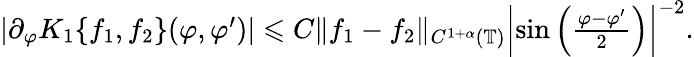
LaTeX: \begin{array}{r}{|\partial_{\varphi}K_{1}\{ f_{1},f_{2}\} (\varphi,\varphi^{\prime})|\leqslant C\| f_{1}-f_{2}\| _{C^{1+\alpha}(\mathbb{T})}\left|\sin\left(\frac{\varphi-\varphi^{\prime}}{2}\right)\right|^{-2}.}\end{array}